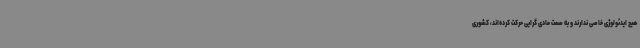
هیچ ایدئولوژی خاصی ندارند و به سمت مادی گرایی حرکت کرده‌اند، کشوری